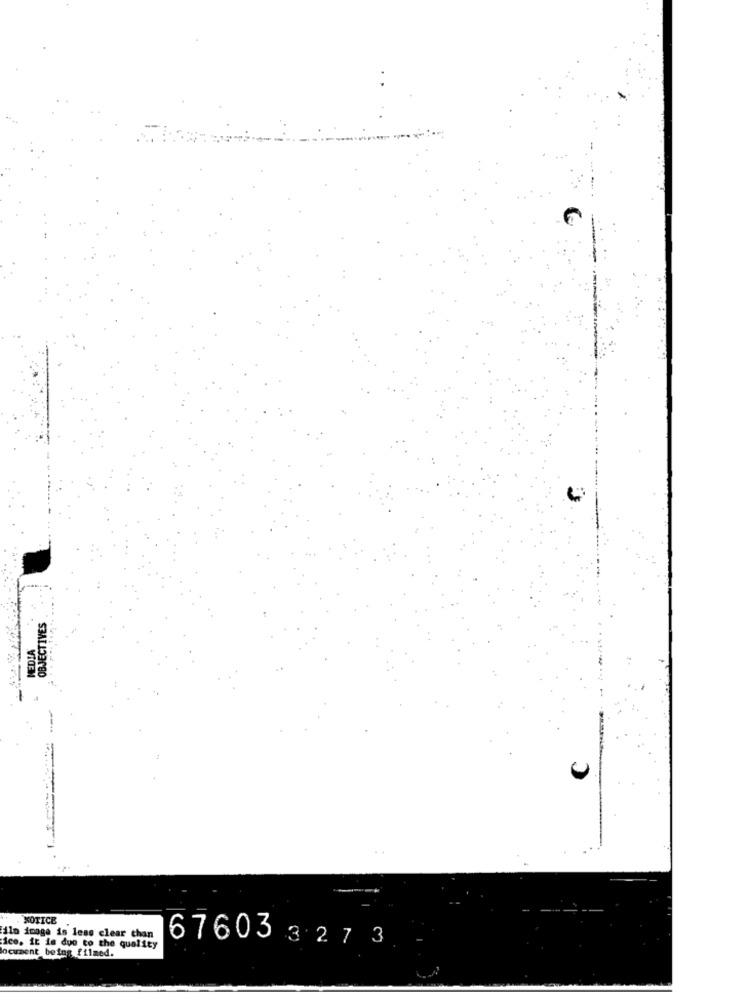
OBJECTIVES
MEDIA
XOTICE
ilo image is less clear chan
ice, it is due to the quality
ocument being filmed.
67603 327 3